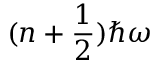
( n + { \frac { 1 } { 2 } } ) \hbar \omega